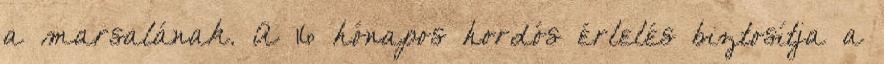
a marsalának. A 16 hónapos hordós érlelés biztosítja a